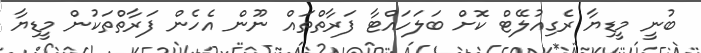
ބުނީ މީޑިޔާ ރެގިއުލޭޓް ކޮށް ބަލަހައްޓާ ފަރާތްތައް ނޫން އެހެން ފަރާތްތަކުން މީޑިޔާ